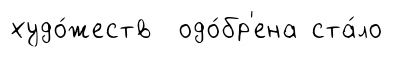
худо́жеств одо́бр'ена ста́ло